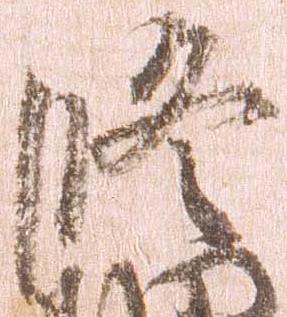
修